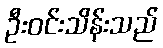
ဦးဝင်းသိန်းသည်